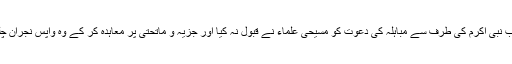
مگر جناب نبی اکرمؐ کی طرف سے مباہلہ کی دعوت کو مسیحی علماء نے قبول نہ کیا اور جزیہ و ماتحتی پر معاہدہ کر کے وہ واپس نجران چلے گئے۔